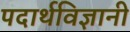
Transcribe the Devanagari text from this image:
पदार्थविज्ञानी